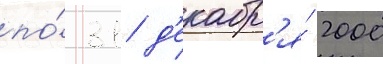
по́ 31 д'екабр'я́ 2000